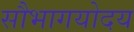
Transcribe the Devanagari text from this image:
सौभागयोदय